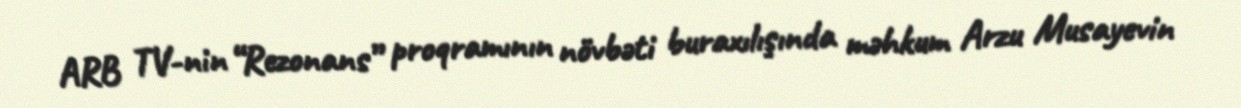
ARB TV-nin “Rezonans” proqramının növbəti buraxılışında məhkum Arzu Musayevin